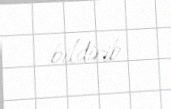
bildirib.